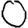
Digit: 0